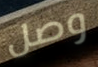
وصل